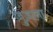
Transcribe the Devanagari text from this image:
ज़ुज़ाना